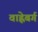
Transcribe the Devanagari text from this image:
वाह्लेबर्ग